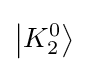
\left|K_{2}^{0}\right\rangle